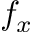
f _ { x }